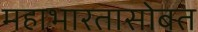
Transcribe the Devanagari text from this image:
महाभारतासोबत